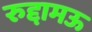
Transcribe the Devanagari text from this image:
रुद्दामऊ